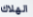
الهلاك